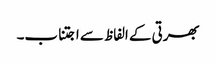
بھرتی کے الفاظ سے اجتناب۔